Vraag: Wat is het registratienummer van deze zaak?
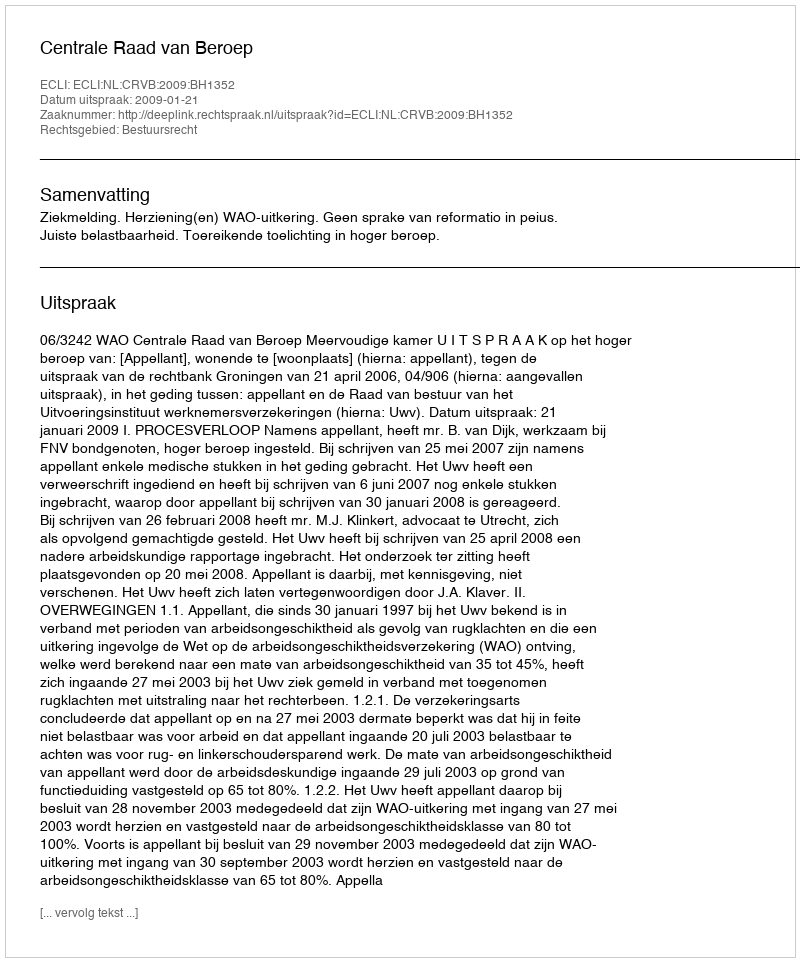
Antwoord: http://deeplink.rechtspraak.nl/uitspraak?id=ECLI:NL:CRVB:2009:BH1352